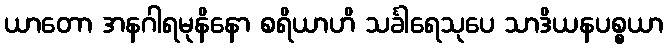
ယာတော အနဂါရမုနိနော စရိယာဟိ သင်္ခါရေသုပေ သာဒိယနပစ္စယာ